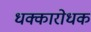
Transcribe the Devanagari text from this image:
धक्कारोधक